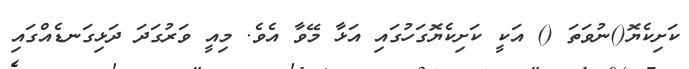
ކަށިކެޔޮ()ނުވަތަ () އަކީ ކަށިކެޔޮގަހުގައި އަޅާ މޭވާ އެވެ. މިއީ ވަރުގަދަ ދަޅިގަނޑެއްގައި